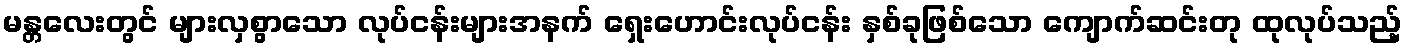
မန္တလေးတွင် များလှစွာသော လုပ်ငန်းများအနက် ရှေးဟောင်းလုပ်ငန်း နှစ်ခုဖြစ်သော ကျောက်ဆင်းတု ထုလုပ်သည့်